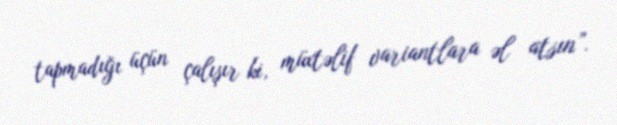
tapmadığı üçün çalışır ki, müxtəlif variantlara əl atsın”.